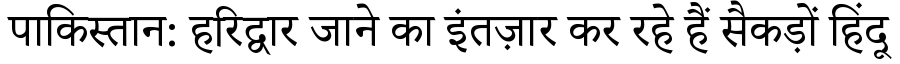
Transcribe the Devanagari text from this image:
पाकिस्तान: हरिद्वार जाने का इंतज़ार कर रहे हैं सैकड़ों हिंदू